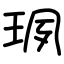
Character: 珟